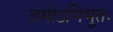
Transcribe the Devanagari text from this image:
तमोऽभिभूतः